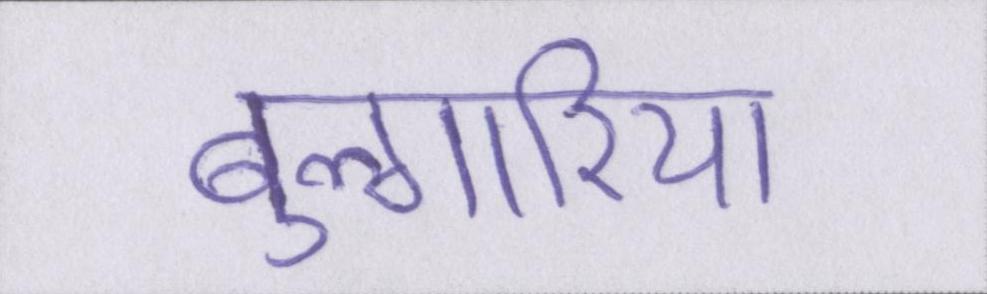
बुल्गारिया